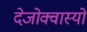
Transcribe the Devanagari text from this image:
देजोक्वास्यों